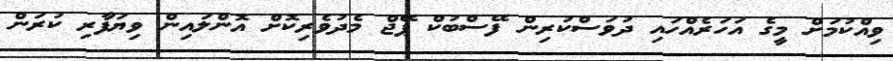
ވިއްކުމަށް މީގެ އަހަރެއްހައި ދުވަސްކުރިން ފޭސްބުކް ޕޭޖް މެދުވެރިކޮށް އޮންލައިން ވިޔަފާރި ކުރަން